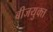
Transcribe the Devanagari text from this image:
बीजयुक्त